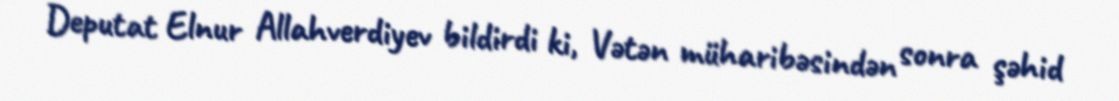
Deputat Elnur Allahverdiyev bildirdi ki, Vətən müharibəsindən sonra şəhid